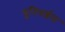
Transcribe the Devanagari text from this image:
यूनिवर्शल